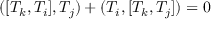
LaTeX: ( [ T _ { k } , T _ { i } ] , T _ { j } ) + ( T _ { i } , [ T _ { k } , T _ { j } ] ) = 0